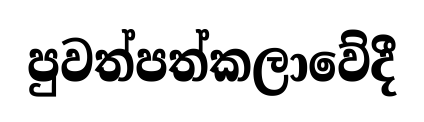
පුවත්පත්කලාවේදී